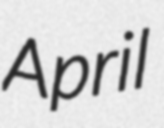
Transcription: April